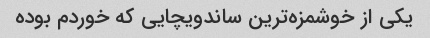
یکی از خوشمزه‌ترین ساندویچایی که خوردم بوده